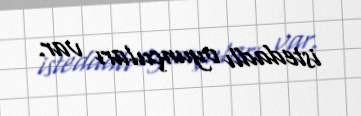
istedadlı oyunçuları var.